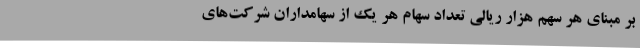
بر مبنای هر سهم هزار ریالی تعداد سهام هر یک از سهامداران شرکت‌های